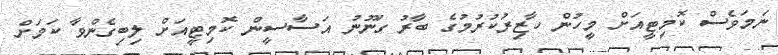
ނަމަވެސް ކޮމިޓީއަށް މީހުން ހާޒިރުކުރުމުގެ ބާރު ގަނޫނު އަސާސީން ކޮމިޓީއަށް ލިބިގެންވާ ކަމަށް